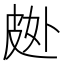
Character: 𱲂